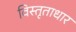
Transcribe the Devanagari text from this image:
विस्तृताधार